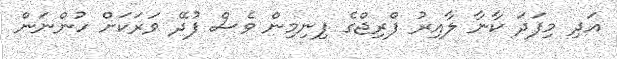
އަދި މިފަދަ ކާނާ ލާއިރު ފްރިޖްގެ ފިނިމިން ވެސް ފުދޭ ވަރަކަށް ހުންނަން